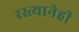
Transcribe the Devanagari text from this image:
रस्त्यानेही